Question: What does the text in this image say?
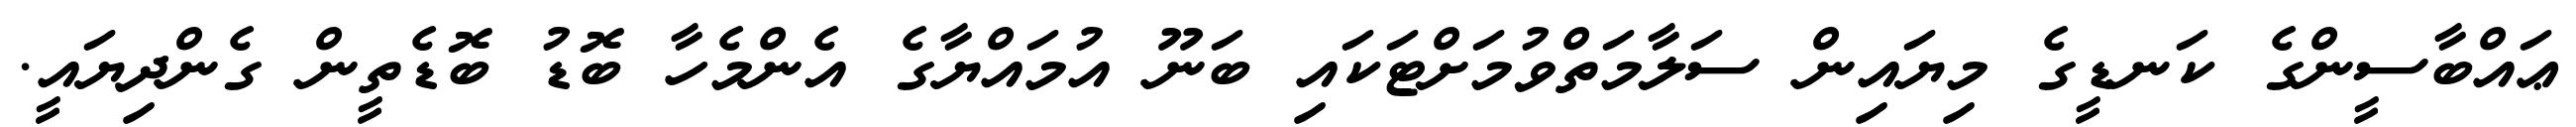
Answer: ޢައްބާސީންގެ ކަނޑީގެ މިޔައިން ސަލާމަތްވުމަށްޓަކައި ބަނޫ އުމައްޔާގެ އެންމެހާ ބޮޑު ބޮޑެތީން ގެންދިޔައީ.